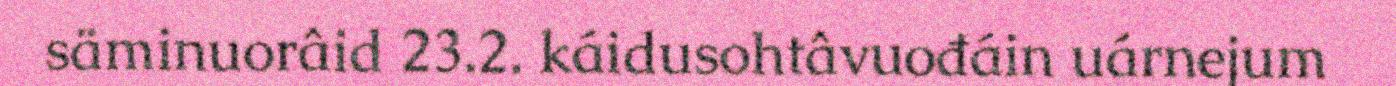
säminuorâid 23.2. káidusohtâvuođáin uárnejum